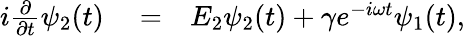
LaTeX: \begin{array}{rlr}{i\frac{\partial}{\partial t}\psi_{2}(t)}&{{}=}&{E_{2}\psi_{2}(t)+\gamma e^{-i\omega t}\psi_{1}(t),}\end{array}